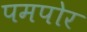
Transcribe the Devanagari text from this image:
पमपोर